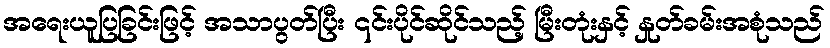
အရေးယူပြခြင်းဖြင့် အသာပွတ်ပြီး ၎င်းပိုင်ဆိုင်သည့် မြီးတုံးနှင့် နှုတ်ခမ်းအစုံသည်